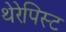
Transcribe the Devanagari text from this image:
थेरेपिस्ट